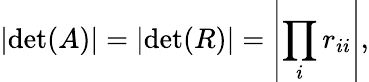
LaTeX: \left|\operatorname*{det}(A)\right|=\left|\operatorname*{det}(R)\right|=\left|\prod_{i}r_{ii}\right|,